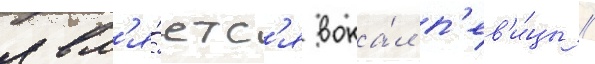
явл'я́етс'я вока́л п'ев'и́цы /